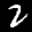
Label: 2